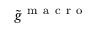
\tilde { g } ^ { \mathrm { ~ m ~ a ~ c ~ r ~ o ~ } }